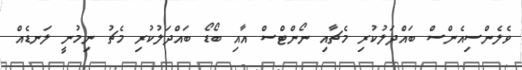
ވެލެންސިއެންސް ބައްދަލުކުރި މެޗާއި ނޯންޓްސް އާއި ބޯޑޯ ބައްދަލުކުރި މެޗު ނިމުނީ ލަނޑެއް